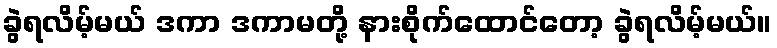
ခွဲရလိမ့်မယ် ဒကာ ဒကာမတို့ နားစိုက်ထောင်တော့ ခွဲရလိမ့်မယ်။